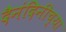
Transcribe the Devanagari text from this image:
दैनंदिनीच्या